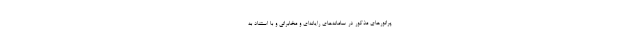
پراتورهای مذکور در سامانه‌های رایانه‌ای و مخابراتی و با استناد به